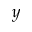
y